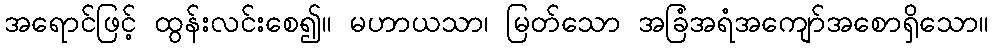
အရောင်ဖြင့် ထွန်းလင်းစေ၍။ မဟာယသာ၊ မြတ်သော အခြံအရံအကျော်အစောရှိသော။